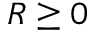
R \ge 0